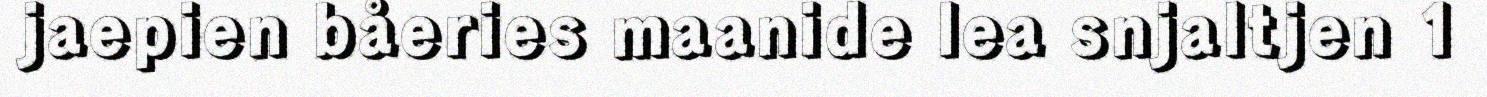
jaepien båeries maanide lea snjaltjen 1